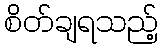
စိတ်ချရသည့်